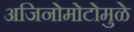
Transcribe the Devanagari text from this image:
अजिनोमोटोमुळे